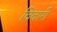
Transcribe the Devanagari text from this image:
विवारी